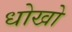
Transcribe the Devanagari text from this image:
धोखो